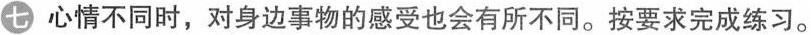
七 心情不同时，对身边事物的感受也会有所不同。按要求完成练习。